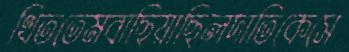
থিততেমবাছিয়াছিলদাতিকেসে